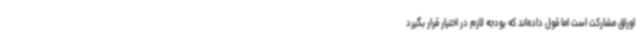
اوراق مشارکت است اما قول داده‌اند که بودجه لازم در اختیار قرار بگیرد